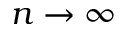
n \to \infty